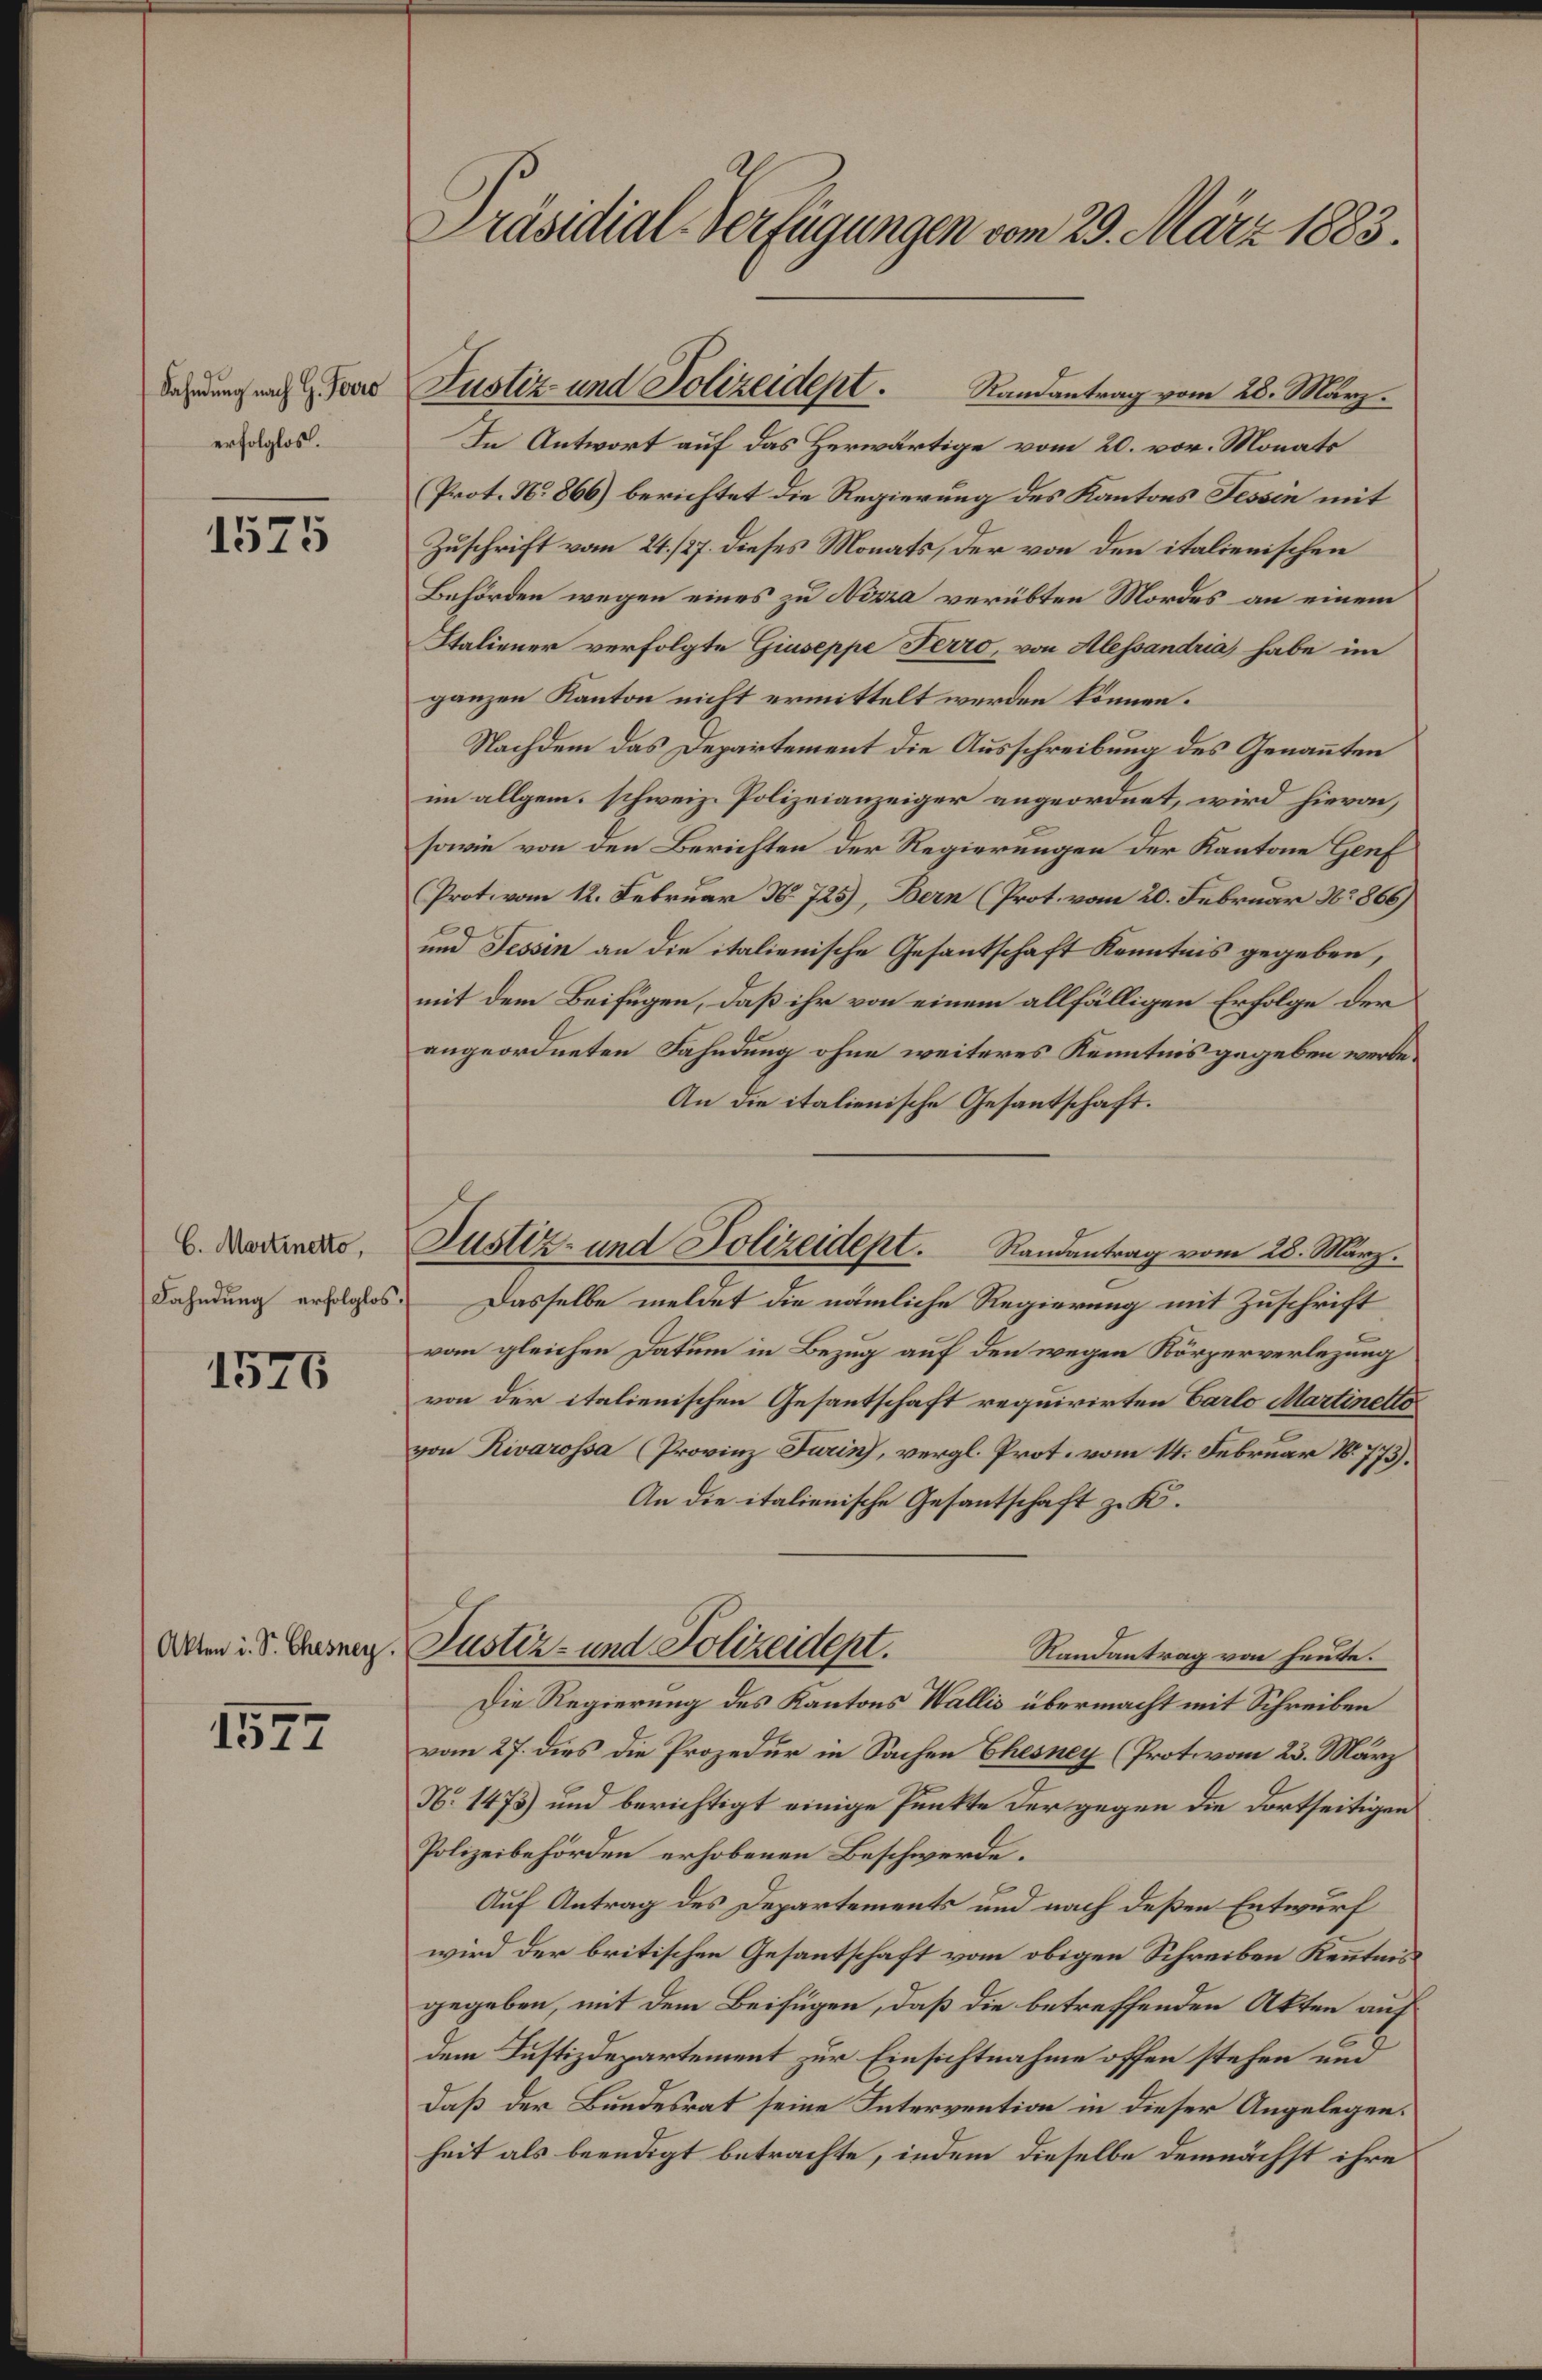
Fahndung nach G. Ferro
erfolglos.

1575

C. Martinetto,
Fahndung erfolglos

1576

Akten i. S. Ehesney.

1574

Präsidial-Verfügungen vom 29. März 1883.

Randantrag vom 28. März.
In Antwort auf das Herwärtige vom 20. vor. Monats
(Prot. N. 866) berichtet die Regierung des Kantons Tessin mit
Zuschrift vom 24. 127. dieses Monats, der von den italienischen
Behörden wegen eines zu Nizza verübten Mordes an einem
Italiener verfolgte Giuseppe Terro, von Alessandria habe im
ganzen Kanton nicht ermittelt werden können.
Nachdem das Departement die Ausschreibung des Genannten
im allgem. schweiz. Polizeianzeiger angeordnet, wird hievon,
sowie von den Berichten der Regierungen der Kantone Genf
Prot. vom 12. Februar N. 725), Bern (Prot. vom 20. Februar No. 866)
und Tessin an die italienische Gesantschaft Kenntnis gegeben,
mit dem Beifügen, daß ihr von einem allfälligen Erfolge der
angeordneten Fahndung ohne weiteres Kenntnis gegeben werde.
An die italienische Gesantschaft.
Dasselbe meldet die nämliche Regierung mit Zuschrift
vom gleichen Datum in Bezug auf den wegen Körperverlegung
von der italienischen Gesantschaft requirirten Carlo Martinello
von Rivarossa (Provinz Furin), vergl. Prot. vom 14. Februar 18773).
An die italienische Gesantschaft z. K.
Justiz- und Polizeident.
Randantrag von heute.
Die Regierung des Kantons Wallis übermacht mit Schreiben
vom 27. dies die Prozedur in Sachen Ehesney (Protovom 23. März
No 1475) und berichtigt einige Punkte der gegen die dortseitigen
Polizeibehörden erhobenen Beschwerde.
Auf Antrag des Departements und nach deßen Entwurf
wird der britischen Gesantschaft vom obigen Schreiben Kenntnis
gegeben, mit dem Beifügen, daß die betreffenden Akten auf
dem Justizdepartement zur Einsichtnahme offen stehen und
Daß der Bundesrat seine Intervention in dieser Angelegen.
heit als beendigt betrachte, indem dieselbe demnächst ihre

Justiz- und Polizeidept.

Justiz- und Polizeidept. Randantrag vom 28. März.